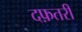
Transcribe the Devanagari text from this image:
दफ़तरी